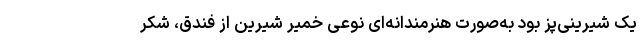
یک شیرینی‌پز بود به‌صورت هنرمندانه‌ای نوعی خمیر شیرین از فندق، شکر